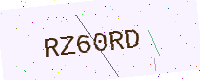
Text: RZ60RD